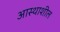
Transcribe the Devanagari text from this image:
आस्थाशील